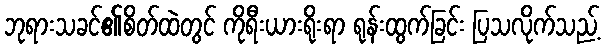
ဘုရားသခင်၏စိတ်ထဲတွင် ကိုရီးယားရိုးရာ ရုန်းထွက်ခြင်း ပြသလိုက်သည့်